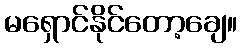
မရှောင်နိုင်တော့ချေ။